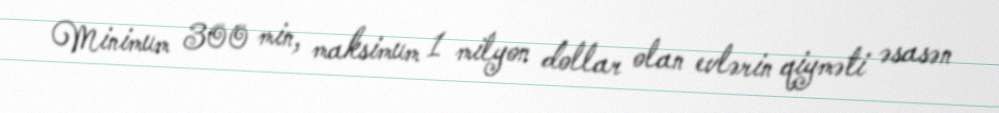
Minimum 300 min, maksimum 1 milyon dollar olan evlərin qiyməti əsasən